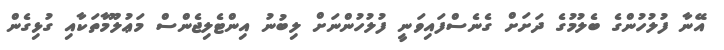
އޭނާ ފުލުހުންގެ ބެލުމުގެ ދަށަށް ގެނެސްފައިވަނީ ފުލުހުންނަށް ލިބުނު އިންޓެލިޖެންސް މަޢުލޫމާތަކާއި ގުޅިގެން